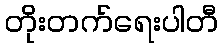
တိုးတက်ရေးပါတီ